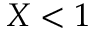
X < 1